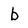
Character: b